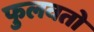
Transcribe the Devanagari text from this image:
फुलवतो